Leprosy in India: report of the Leprosy Commission in India, 1890-91
Year: 1890
Disease focus: Leprosy
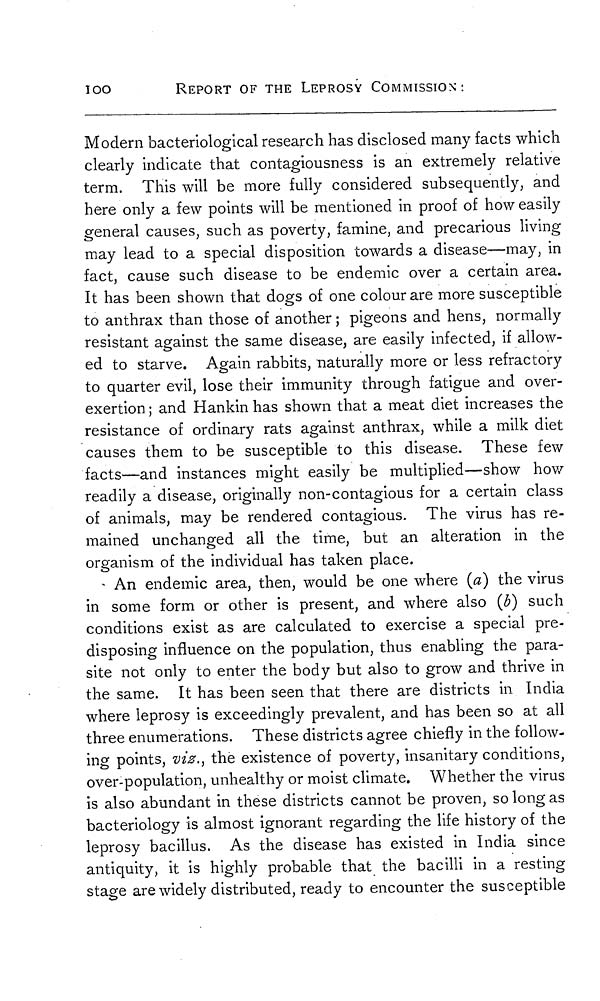
100
REPORT OF THE LEPROSY COMMISSION:
Modern bacteriological research has disclosed many facts which
clearly indicate that contagiousness is an extremely relative
term. This will be more fully considered subsequently, and
here only a few points will be mentioned in proof of how easily
general causes, such as poverty, famine, and precarious living
may lead to a special disposition towards a disease—may, in
fact, cause such disease to be endemic over a certain area.
It has been shown that dogs of one colour are more susceptible
to anthrax than those of another ; pigeons and hens, normally
resistant against the same disease, are easily infected, if allow-
ed to starve. Again rabbits, naturally more or less refractory
to quarter evil, lose their immunity through fatigue and over-
exertion ; and Hankin has shown that a meat diet increases the
resistance of ordinary rats against anthrax, while a milk diet
causes them to be susceptible to this disease. These few
facts—and instances might easily be multiplied—show how
readily a disease, originally non-contagious for a certain class
of animals, may be rendered contagious. The virus has re-
mained unchanged all the time, but an alteration in the
organism of the individual has taken place.
An endemic area, then, would be one where (a) the virus
in some form or other is present, and where also (b) such
conditions exist as are calculated to exercise a special pre-
disposing influence on the population, thus enabling the para-
site not only to enter the body but also to grow and thrive in
the same. It has been seen that there are districts in India
where leprosy is exceedingly prevalent, and has been so at all
three enumerations. These districts agree chiefly in the follow-
ing points, viz., the existence of poverty, insanitary conditions,
over-population, unhealthy or moist climate. Whether the virus
is also abundant in these districts cannot be proven, so long as
bacteriology is almost ignorant regarding the life history of the
leprosy bacillus. As the disease has existed in India since
antiquity, it is highly probable that the bacilli in a resting
stage are widely distributed, ready to encounter the susceptible